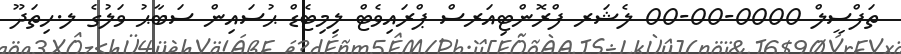
ތަފްސީލް 0000-00-00 ލެޝަރ ފްރޮންޓިއަރސް ޕްރައިވެޓް ލިމިޓެޑް ޙުސައިން ސަބާޙު ވަލުގެ ލ.ހިތަދޫ